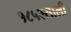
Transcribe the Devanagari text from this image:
१८५२साली